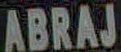
ABRAJ